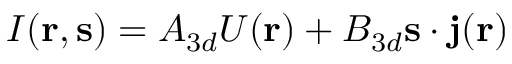
I ( { \bf r } , { \bf s } ) = A _ { 3 d } U ( { \bf r } ) + B _ { 3 d } { \bf s } \cdot { \bf j } ( { \bf r } )